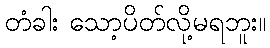
တံခါး သော့ပိတ်လို့မရဘူး။